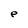
Character: e